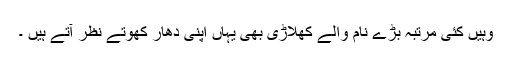
وہیں کئی مرتبہ بڑے نام والے کھلاڑی بھی یہاں اپنی دھار کھوتے نظر آتے ہیں ۔